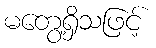
မတွေ့ရှိသဖြင့်